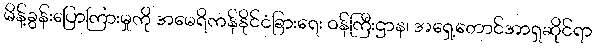
မိန့်ခွန်းပြောကြားမှုကို အမေရိကန်နိုင်ငံခြားရေး ဝန်ကြီးဌာန၊ အရှေ့တောင်အာရှဆိုင်ရာ